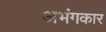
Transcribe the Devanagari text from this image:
अभंगकार